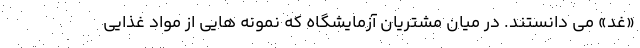
«غد» می دانستند. در میان مشتریان آزمایشگاه که نمونه هایی از مواد غذایی